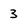
Character: 3